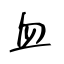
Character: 血